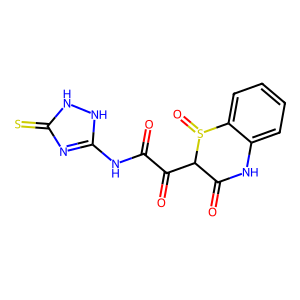
SMILES: O=C(Nc1nc(=S)[nH][nH]1)C(=O)C1C(=O)Nc2ccccc2S1=O
Inhibits HIV replication: No